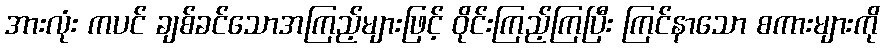
အားလုံး ကပင် ချစ်ခင်သောအကြည့်များဖြင့် ဝိုင်းကြည့်ကြပြီး ကြင်နာသော စကားများကို